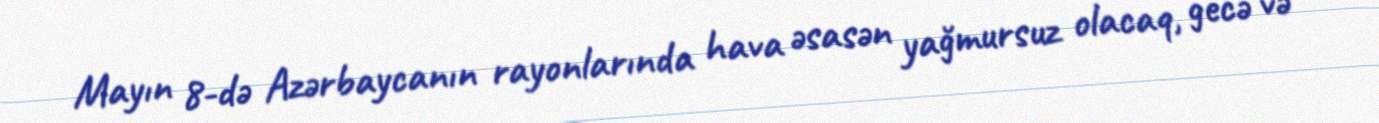
Mayın 8-də Azərbaycanın rayonlarında hava əsasən yağmursuz olacaq, gecə və